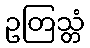
ဥတြသ္တံ